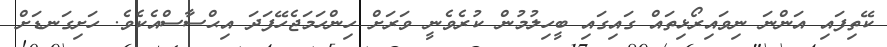
ކޭތިފައި އަންނަ ނިވައިރޯޅިތައް ގައިގައި ބީހިލުމުން ކުރެވެނީ ވަރަށް ހިންހަމަޖެހޭފަދަ އިޙްސާސްއެކެވެ. ހަށިގަނޑަށް